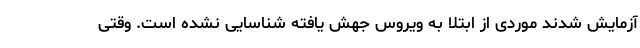
آزمایش شدند موردی از ابتلا به ویروس جهش یافته شناسایی نشده است. وقتی